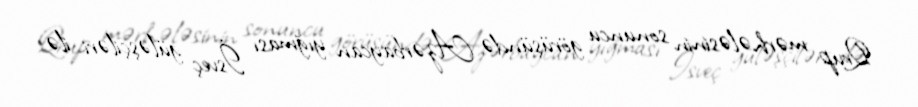
Qrup mərhələsinin sonuncu görüşündə Azərbaycan yığması İsveç güləşçiləri ilə